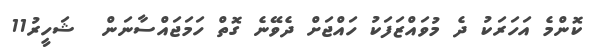
ކޮންމެ އަހަރަކު ދެ މުވައްޒަފަކު ހައްޖަށް ދެވޭނެ ގޮތް ހަމަޖައްސާނަން  ޝަހީރު11